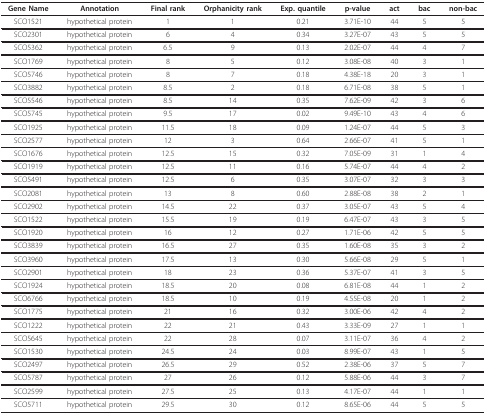
<table><thead><tr><td><b>Gene Name</b></td><td><b>Annotation</b></td><td><b>Final rank</b></td><td><b>Orphanicity rank</b></td><td><b>Exp. quantile</b></td><td><b>p-value</b></td><td><b>act</b></td><td><b>bac</b></td><td><b>non-bac</b></td></tr></thead><tbody><tr><td>SCO1521</td><td>hypothetical protein</td><td>1</td><td>1</td><td>0.21</td><td>3.71E-10</td><td>44</td><td>5</td><td>5</td></tr><tr><td>SCO2301</td><td>hypothetical protein</td><td>6</td><td>4</td><td>0.34</td><td>3.27E-07</td><td>43</td><td>5</td><td>5</td></tr><tr><td>SCO5362</td><td>hypothetical protein</td><td>6.5</td><td>9</td><td>0.13</td><td>2.02E-07</td><td>44</td><td>4</td><td>7</td></tr><tr><td>SCO1769</td><td>hypothetical protein</td><td>8</td><td>5</td><td>0.12</td><td>3.08E-08</td><td>40</td><td>3</td><td>1</td></tr><tr><td>SCO5746</td><td>hypothetical protein</td><td>8</td><td>7</td><td>0.18</td><td>4.38E-18</td><td>20</td><td>3</td><td>1</td></tr><tr><td>SCO3882</td><td>hypothetical protein</td><td>8.5</td><td>2</td><td>0.18</td><td>6.71E-08</td><td>38</td><td>5</td><td>1</td></tr><tr><td>SCO5546</td><td>hypothetical protein</td><td>8.5</td><td>14</td><td>0.35</td><td>7.62E-09</td><td>42</td><td>3</td><td>6</td></tr><tr><td>SCO5745</td><td>hypothetical protein</td><td>9.5</td><td>17</td><td>0.02</td><td>9.49E-10</td><td>43</td><td>4</td><td>6</td></tr><tr><td>SCO1925</td><td>hypothetical protein</td><td>11.5</td><td>18</td><td>0.09</td><td>1.24E-07</td><td>44</td><td>5</td><td>3</td></tr><tr><td>SCO2577</td><td>hypothetical protein</td><td>12</td><td>3</td><td>0.64</td><td>2.66E-07</td><td>41</td><td>5</td><td>1</td></tr><tr><td>SCO1676</td><td>hypothetical protein</td><td>12.5</td><td>15</td><td>0.32</td><td>7.05E-09</td><td>31</td><td>1</td><td>4</td></tr><tr><td>SCO1919</td><td>hypothetical protein</td><td>12.5</td><td>11</td><td>0.16</td><td>5.74E-07</td><td>44</td><td>4</td><td>2</td></tr><tr><td>SCO5491</td><td>hypothetical protein</td><td>12.5</td><td>6</td><td>0.35</td><td>3.07E-07</td><td>32</td><td>3</td><td>3</td></tr><tr><td>SCO2081</td><td>hypothetical protein</td><td>13</td><td>8</td><td>0.60</td><td>2.88E-08</td><td>38</td><td>2</td><td>1</td></tr><tr><td>SCO2902</td><td>hypothetical protein</td><td>14.5</td><td>22</td><td>0.37</td><td>3.05E-07</td><td>43</td><td>5</td><td>4</td></tr><tr><td>SCO1522</td><td>hypothetical protein</td><td>15.5</td><td>19</td><td>0.19</td><td>6.47E-07</td><td>43</td><td>3</td><td>5</td></tr><tr><td>SCO1920</td><td>hypothetical protein</td><td>16</td><td>12</td><td>0.27</td><td>1.71E-06</td><td>42</td><td>5</td><td>5</td></tr><tr><td>SCO3839</td><td>hypothetical protein</td><td>16.5</td><td>27</td><td>0.35</td><td>1.60E-08</td><td>35</td><td>3</td><td>2</td></tr><tr><td>SCO3960</td><td>hypothetical protein</td><td>17.5</td><td>13</td><td>0.30</td><td>5.66E-08</td><td>29</td><td>5</td><td>1</td></tr><tr><td>SCO2901</td><td>hypothetical protein</td><td>18</td><td>23</td><td>0.36</td><td>5.37E-07</td><td>41</td><td>3</td><td>5</td></tr><tr><td>SCO1924</td><td>hypothetical protein</td><td>18.5</td><td>20</td><td>0.08</td><td>6.81E-08</td><td>44</td><td>1</td><td>2</td></tr><tr><td>SCO6766</td><td>hypothetical protein</td><td>18.5</td><td>10</td><td>0.19</td><td>4.55E-08</td><td>20</td><td>1</td><td>2</td></tr><tr><td>SCO1775</td><td>hypothetical protein</td><td>21</td><td>16</td><td>0.32</td><td>3.00E-06</td><td>42</td><td>4</td><td>2</td></tr><tr><td>SCO1222</td><td>hypothetical protein</td><td>22</td><td>21</td><td>0.43</td><td>3.33E-09</td><td>27</td><td>1</td><td>1</td></tr><tr><td>SCO5645</td><td>hypothetical protein</td><td>22</td><td>28</td><td>0.07</td><td>3.11E-07</td><td>36</td><td>4</td><td>2</td></tr><tr><td>SCO1530</td><td>hypothetical protein</td><td>24.5</td><td>24</td><td>0.03</td><td>8.99E-07</td><td>43</td><td>1</td><td>5</td></tr><tr><td>SCO2497</td><td>hypothetical protein</td><td>26.5</td><td>29</td><td>0.52</td><td>2.38E-06</td><td>37</td><td>5</td><td>7</td></tr><tr><td>SCO5787</td><td>hypothetical protein</td><td>27</td><td>26</td><td>0.12</td><td>5.88E-06</td><td>44</td><td>3</td><td>7</td></tr><tr><td>SCO2599</td><td>hypothetical protein</td><td>27.5</td><td>25</td><td>0.13</td><td>4.17E-07</td><td>44</td><td>1</td><td>1</td></tr><tr><td>SCO5711</td><td>hypothetical protein</td><td>29.5</td><td>30</td><td>0.12</td><td>8.65E-06</td><td>44</td><td>5</td><td>5</td></tr></tbody></table>